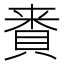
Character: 𮚅